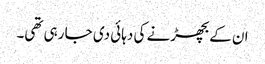
ان کے بچھڑنے کی دہائی دی جا رہی تھی۔